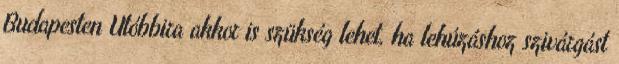
Budapesten Utóbbira akkor is szükség lehet, ha lehúzáshoz szivárgást